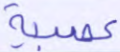
عصبية